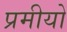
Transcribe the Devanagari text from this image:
प्रमीयो